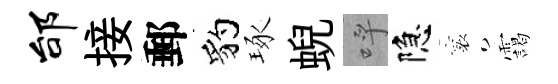
邰接郵豹琢蜺呼隐襄靄